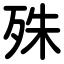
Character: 殊